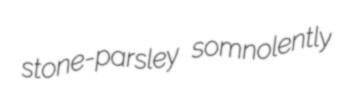
stone-parsley somnolently